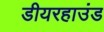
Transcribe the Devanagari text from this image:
डीयरहाउंड